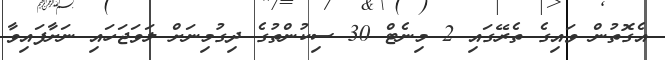
އެގޮތުން ވައިގެ ތެރޭގައި 2 މިނެޓް 30 ސިކުންތުގެ ދިގުމިނަށް ލަވަޖަހައި ނަށާފައިވާ